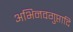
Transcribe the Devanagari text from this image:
अभिनवगुप्तादि